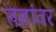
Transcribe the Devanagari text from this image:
तहांवर